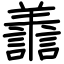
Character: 譱